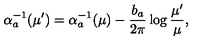
\alpha _ { a } ^ { - 1 } ( \mu ^ { \prime } ) = \alpha _ { a } ^ { - 1 } ( \mu ) - { \frac { b _ { a } } { 2 \pi } } \log { \frac { \mu ^ { \prime } } { \mu } } ,